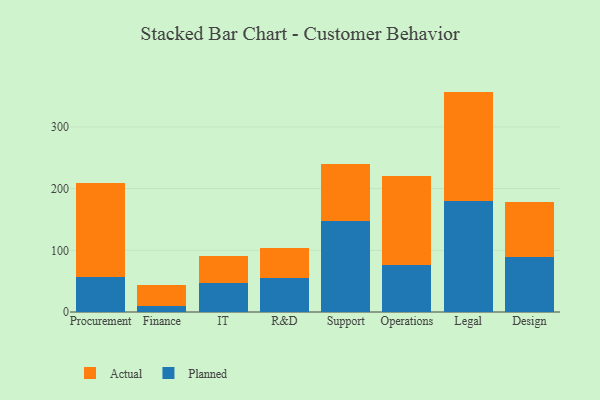
{"axis": {"x": "Department", "y": "Satisfaction Score"}, "legend": ["Actual", "Planned"], "data": [{"x": "Procurement", "y": 56.1, "type": "Planned"}, {"x": "Procurement", "y": 153.2, "type": "Actual"}, {"x": "Finance", "y": 9.9, "type": "Planned"}, {"x": "Finance", "y": 33.5, "type": "Actual"}, {"x": "IT", "y": 46.3, "type": "Planned"}, {"x": "IT", "y": 45.3, "type": "Actual"}, {"x": "R&D", "y": 55.9, "type": "Planned"}, {"x": "R&D", "y": 47.1, "type": "Actual"}, {"x": "Support", "y": 147.2, "type": "Planned"}, {"x": "Support", "y": 93.1, "type": "Actual"}, {"x": "Operations", "y": 76.8, "type": "Planned"}, {"x": "Operations", "y": 144.1, "type": "Actual"}, {"x": "Legal", "y": 179.7, "type": "Planned"}, {"x": "Legal", "y": 177.6, "type": "Actual"}, {"x": "Design", "y": 88.8, "type": "Planned"}, {"x": "Design", "y": 89.7, "type": "Actual"}]}